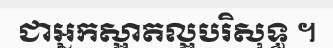
ជាអ្នកស្អាតល្អបរិសុទ្ធ ។